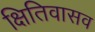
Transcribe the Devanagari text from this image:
क्षितिवासव